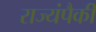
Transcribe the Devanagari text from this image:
राज्यंपैकी